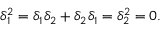
\delta _ { 1 } ^ { 2 } = \delta _ { 1 } \delta _ { 2 } + \delta _ { 2 } \delta _ { 1 } = \delta _ { 2 } ^ { 2 } = 0 .